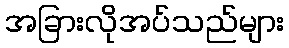
အခြားလိုအပ်သည်များ